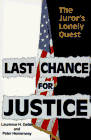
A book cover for Last Chance for Justice: The Juror's Lonely Quest; Laurence H. Geller; Law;